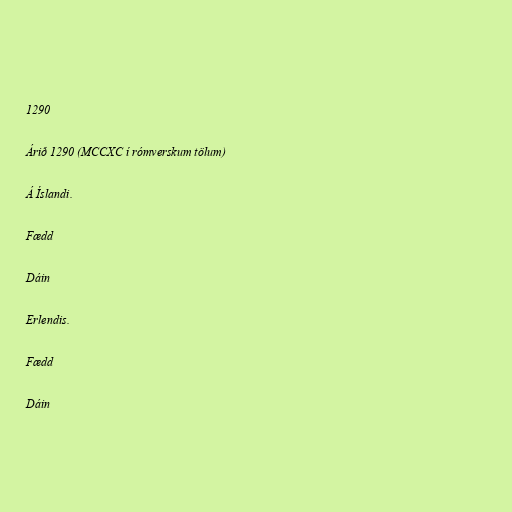
1290

Árið 1290 (MCCXC í rómverskum tölum)

Á Íslandi.

Fædd

Dáin

Erlendis.

Fædd

Dáin